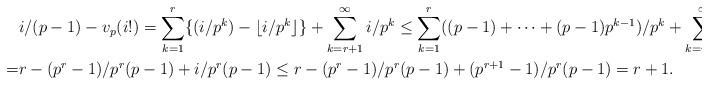
LaTeX: \begin{align*}&i/(p-1)-v_p(i!)=\sum_{k=1}^r\{(i/p^k)-\lfloor i/p^k\rfloor\}+\sum_{k=r+1}^{\infty}i/p^k\le \sum_{k=1}^r((p-1)+\dots+(p-1)p^{k-1})/p^k+\sum_{k=r+1}^{\infty}i/p^k\\=&r-(p^r-1)/p^r(p-1)+i/p^r(p-1)\le r-(p^r-1)/p^r(p-1)+(p^{r+1}-1)/p^r(p-1)=r+1.\end{align*}